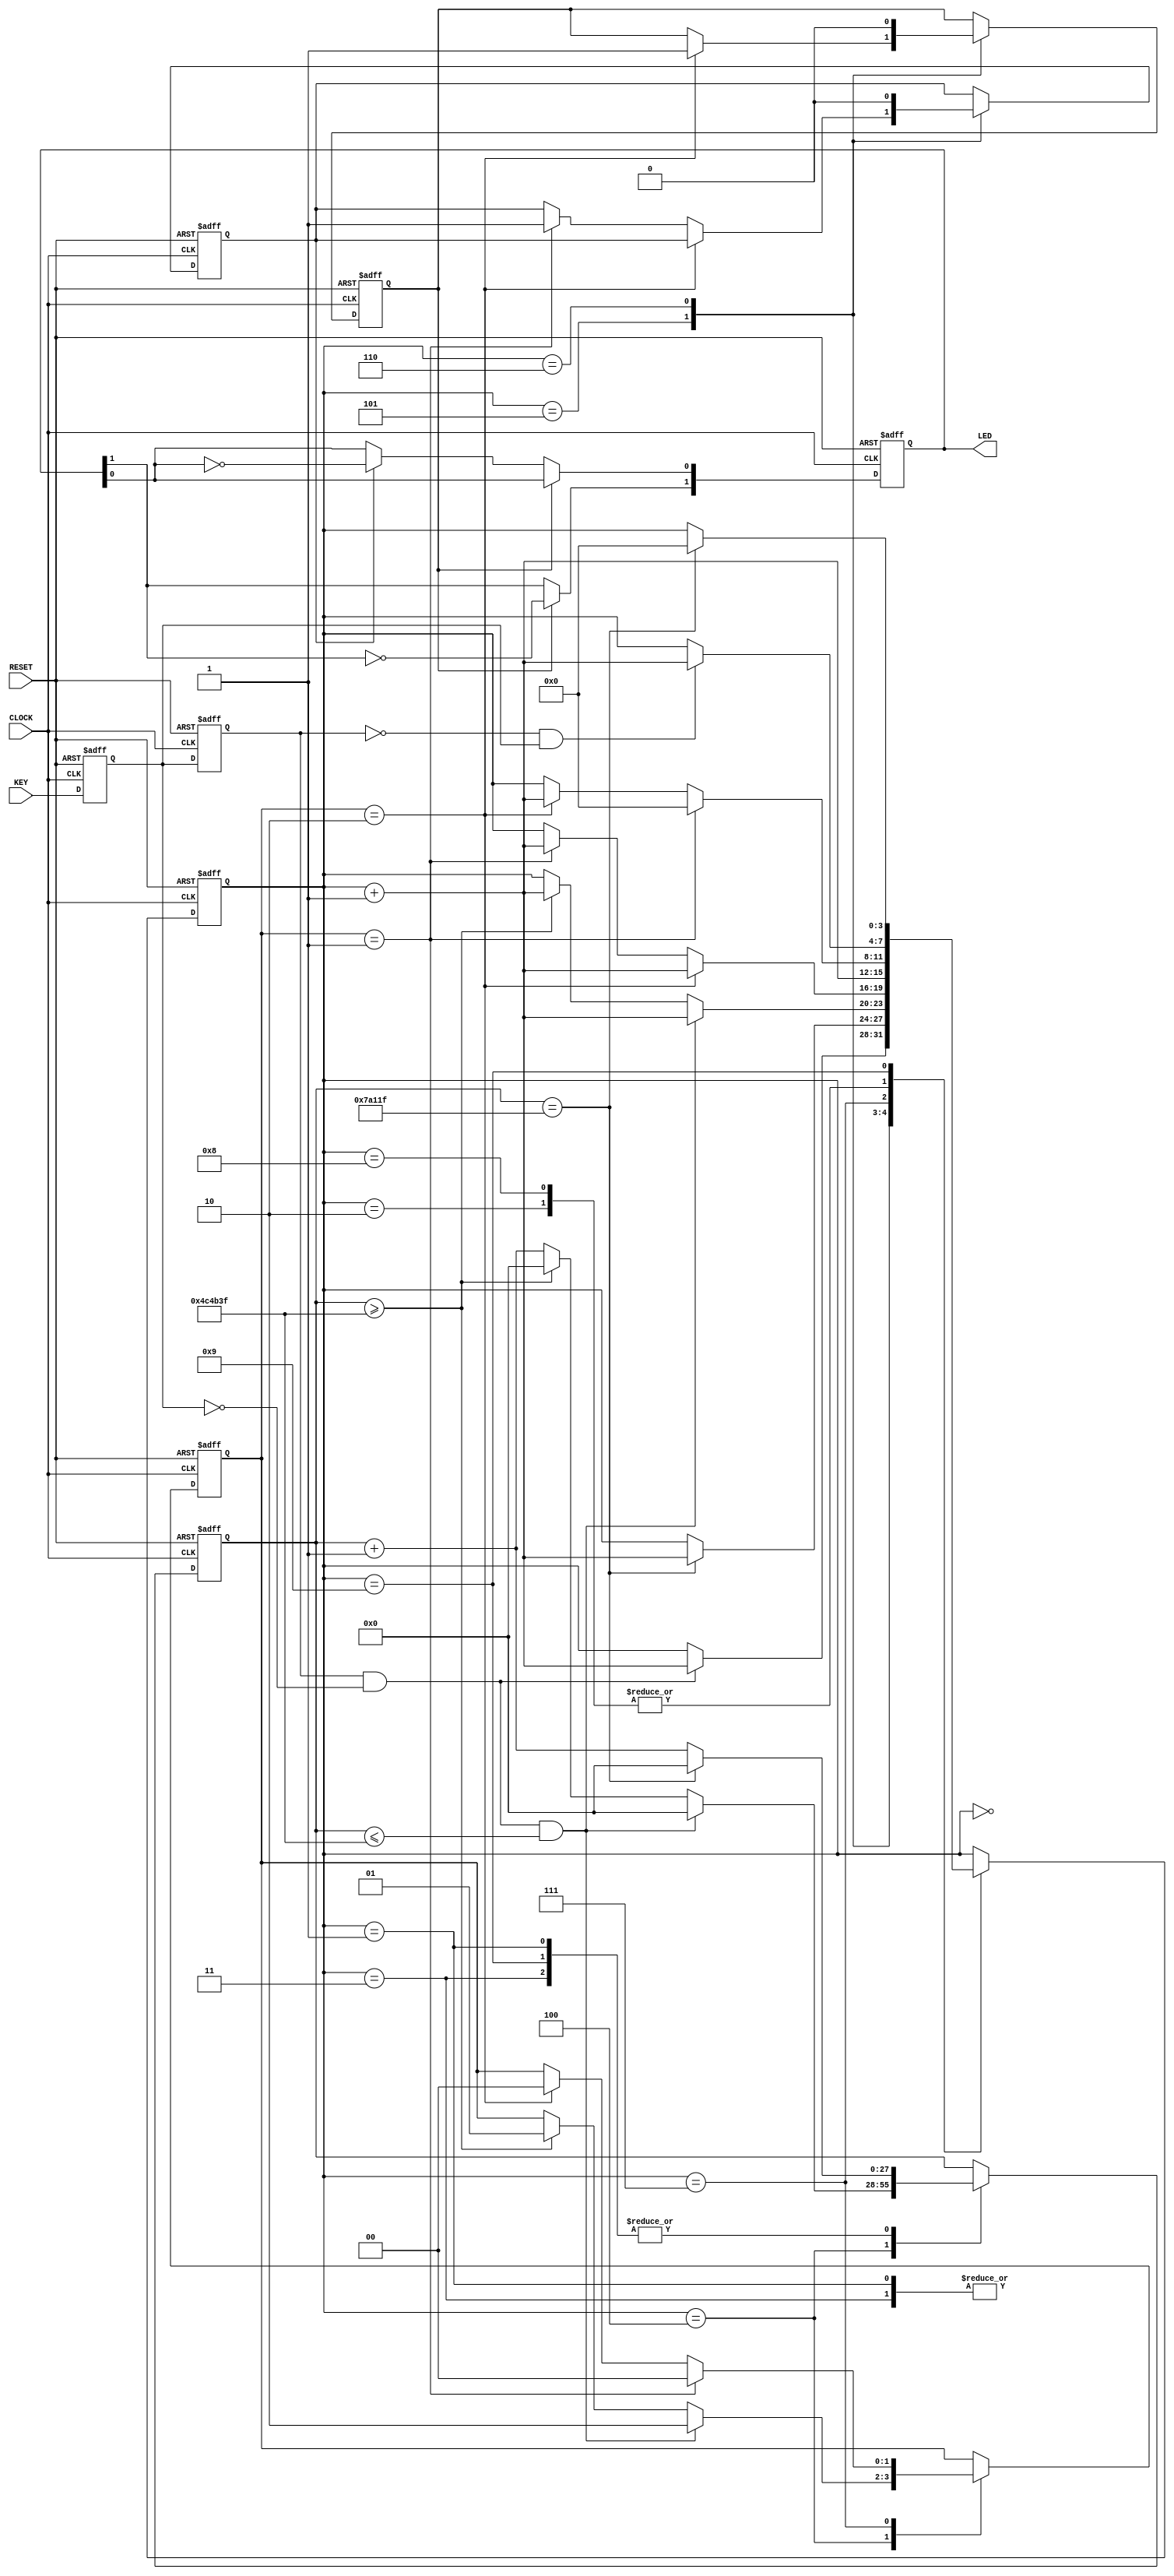
module key_funcmod
(
    input CLOCK, RESET,
	 input KEY,
	 output [1:0]LED
);
    parameter T10MS	 	= 28'd500_000;
	 parameter T100MS 	= 28'd5_000_000; 
	 parameter T200MS 	= 28'd10_000_000; 
	 parameter T300MS 	= 28'd15_000_000; 
	 parameter T400MS 	= 28'd20_000_000; 
	 parameter T500MS 	= 28'd25_000_000; 
	 
	 /**********************************/ //sub
	 
	 reg F2,F1;
		 
	 always @ ( posedge CLOCK or negedge RESET )
	     if( !RESET ) 
		      { F2, F1 } <= 2'b11;
		  else 
		      { F2, F1 } <= { F1, KEY };
				
	 /**********************************/ //core
	
	 wire isH2L = ( F2 == 1 && F1 == 0 );
	 wire isL2H = ( F2 == 0 && F1 == 1 );
	 reg [3:0]i;
	 reg isDClick,isSClick;
	 reg [1:0]isTag;
	 reg [27:0]C1;
	 
	 always @ ( posedge CLOCK or negedge RESET )
	     if( !RESET )
		       begin
				    i <= 4'd0;
					 isDClick <= 1'd0;
					 isSClick <= 1'b0;
					 isTag <= 2'd0;
					 C1 <= 28'd0;
				 end
		  else
		      case(i)
					 
					 0: // Wait H2L
					 if( isH2L ) begin i <= i + 1'b1; end
					 
					 1: // H2L debounce
					 if( C1 == T10MS -1 ) begin C1 <= 28'd0; i <= i + 1'b1; end
					 else C1 <= C1 + 1'b1;
					 
					 2: // Wait L2H
					 if( isL2H ) i <= i + 1'b1;
					 
					 3: // L2H debounce
					 if( C1 == T10MS -1 ) begin C1 <= 28'd0; i <= i + 1'b1; end
					 else C1 <= C1 + 1'b1;
					 
					 4: // Key Tag Check	 
					 if( isH2L && C1 <= T100MS -1 ) begin isTag <= 2'd2; C1 <= 28'd0; i <= i + 1'b1; end
					 else if( C1 >= T100MS -1) begin isTag <= 2'd1; C1 <= 28'd0; i <= i + 1'b1; end
					 else C1 <= C1 + 1'b1;	
					 
					 5: // Key trigger press up
					 if( isTag == 2'd2 ) begin isDClick <= 1'b1; i <= i + 1'b1; end
					 else if( isTag == 2'd1 ) begin isSClick <= 1'b1; i <= i + 1'b1; end
					 
					 6: // Key trigger pree down
					 begin { isSClick , isDClick } <= 2'b00; i <= i + 1'b1; end
					 
					 7: // L2H deounce check
					 if( isTag == 2'd1 ) begin isTag <= 2'd0; i <= 4'd0; end
					 else if( isTag == 2'd2 ) begin isTag <= 2'd0; i <= i + 1'b1; end
					 
					 8: // Wait L2H
					 if( isL2H ) begin i <= i + 1'b1; end
						 
				    9: // L2H debounce
					 if( C1 == T10MS -1 ) begin C1 <= 28'd0; i <= 4'd0; end
					 else C1 <= C1 + 1'b1;
					 
				endcase
				
	 /*************************/ // sub-demo			
	
	reg [1:0]D1;
	
	always @ ( posedge CLOCK or negedge RESET )
	    if( !RESET )
		     D1 <= 2'd0;
		 else if( isDClick )
		     D1[1] <= ~D1[1];
		 else if( isSClick )
		     D1[0] <= ~D1[0];
			  
	/***************************/
		 
	assign LED = D1;

endmodule